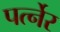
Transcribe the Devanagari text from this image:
पर्त्नेर